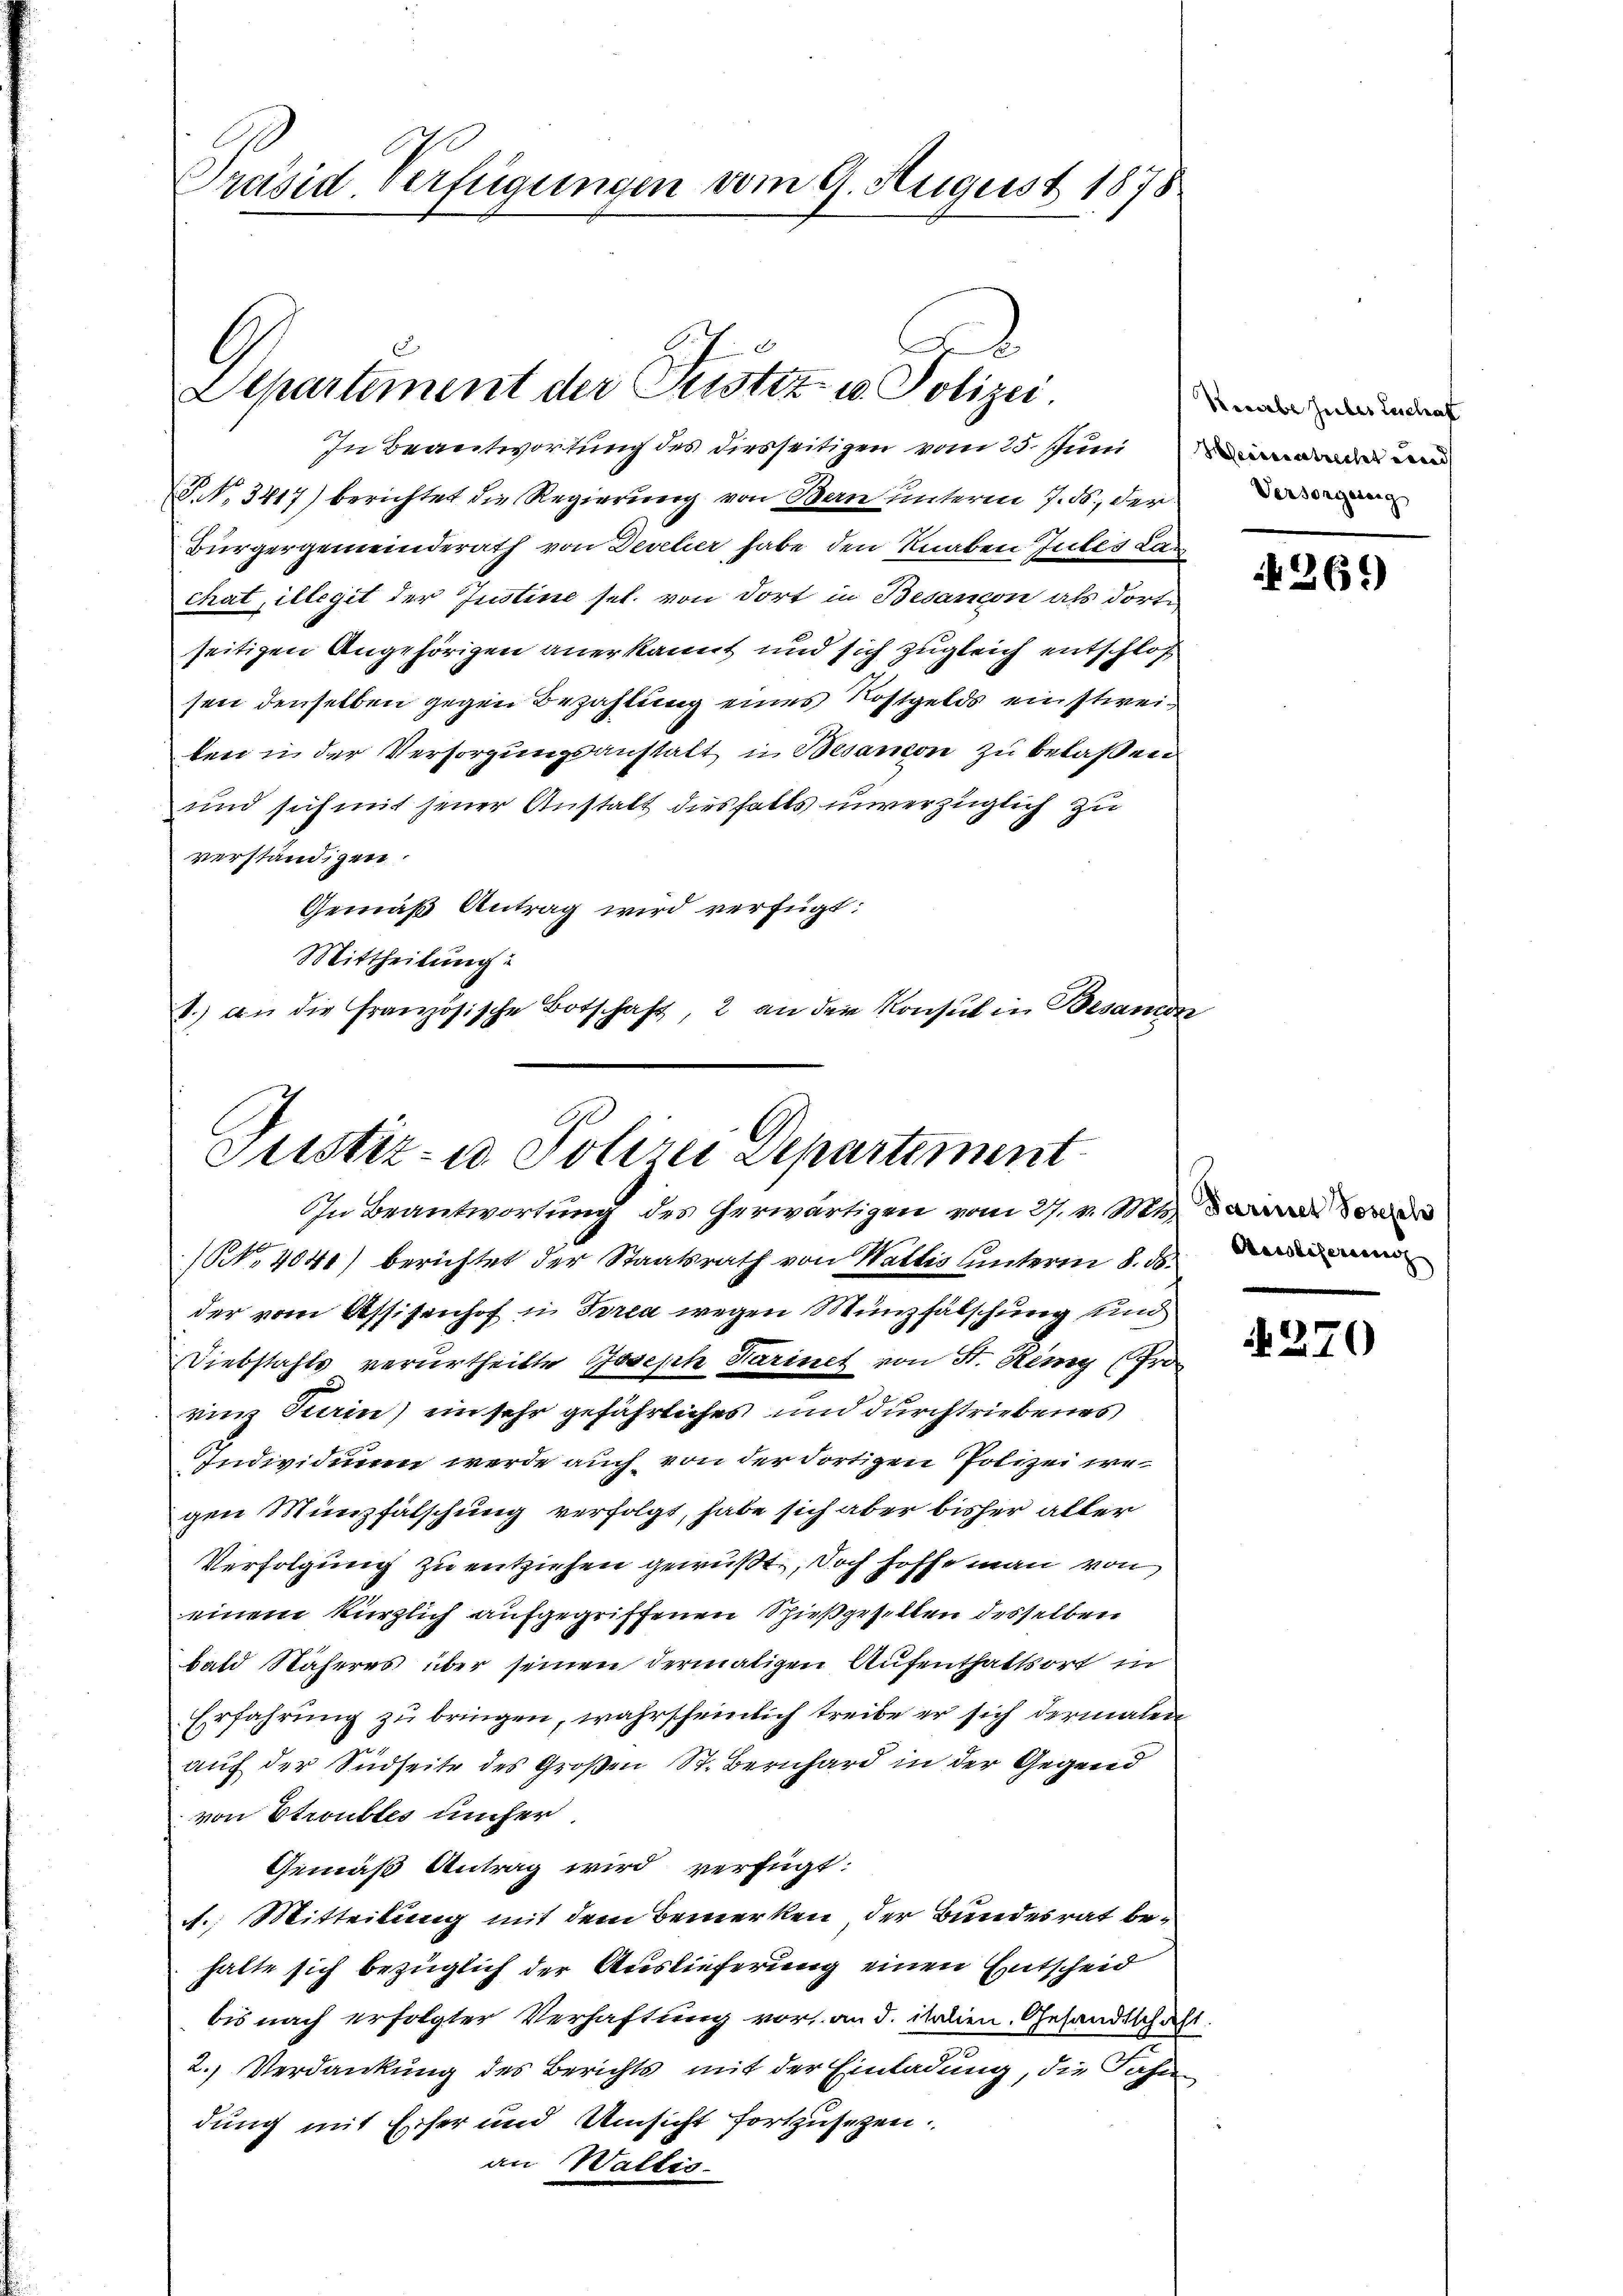
Präsid-Verfügungen vom 9. August 1878

Aad
Departement der Pustiz- u. Polizei.

In Beantwortung des diesseitigen vom 25. Juni den an
NNo. 3417) berichtet die Regierung von Bern unterm 7. ds., der
Bürgergemeinderath von Develier habe den Knaben Jules Lan
chat, illegit der Justine sel. von dort in Besandon als dorte
seitigen Angehörigen anerkannt und sich zugleich entschloß
sen denselben gegen Bezahlung eines Rostgelds einstweiben in der Versorgungsanstalt in Besanion zu belaßen
und sich mit jener Anstalt diesfalls unverzüglich zu
verständigen.
Gemäß Antrag wird verfügt:
Mittheilung
1.) an die französische Botschaft, 2 an der Konsul in Besam

Justiz- u Polizei Departiment
In Beantwortung des herwärtigen vom 27. v. Mt. Sowe

(NNo. 4041) berichtet der Staatsrath von Waltes unteren d. d.
der vom Assisenhof in Torea wegen Münzfälschung und
Diebstahls verurtheilte Joseph Parinet von St. Hemy (fro
rinz Turin) ein sehr gefährliches und durchtriebenes
Individuum werde auch von der dortigen Polizei wegen Münzfälschung verfolgt, habe sich aber bisher alter
Verfolgung zu entziehen gewußt, doch hoffe man von
einem kürzlich aufgegriffenen Schießgesellen desselben
bald Näheres über seinen dermaligen Aufenthaltsort in
Erfahrung zu bringen, wahrscheinlich treibe er sich dermalen
auf der Südseite des Großen St. Bernhard in der Gegend
von Stroubtes unfer
Gemäß Antrag wird verfügt:
A. Mitteilung mit dem Bemerken der Bundesrat behalte sich bezüglich der Auslieferung einen Entscheid
bis nach erfolgter Verhaftung vor, an d. italien. Gesandtschaft.
2. Verdankung des Berichts mit der Einladung, die Fahn
dung mit Eiser und Umsicht fortzusehen
an Waltis.

Unabe Zuler Kuchaf

261)

N270